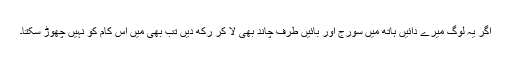
اگر یہ لوگ میرے دائیں ہاتھ میں سورج اور بائیں طرف چاند بھی لا کر رکھ دیں تب بھی میں اس کام کو نہیں چھوڑ سکتا۔